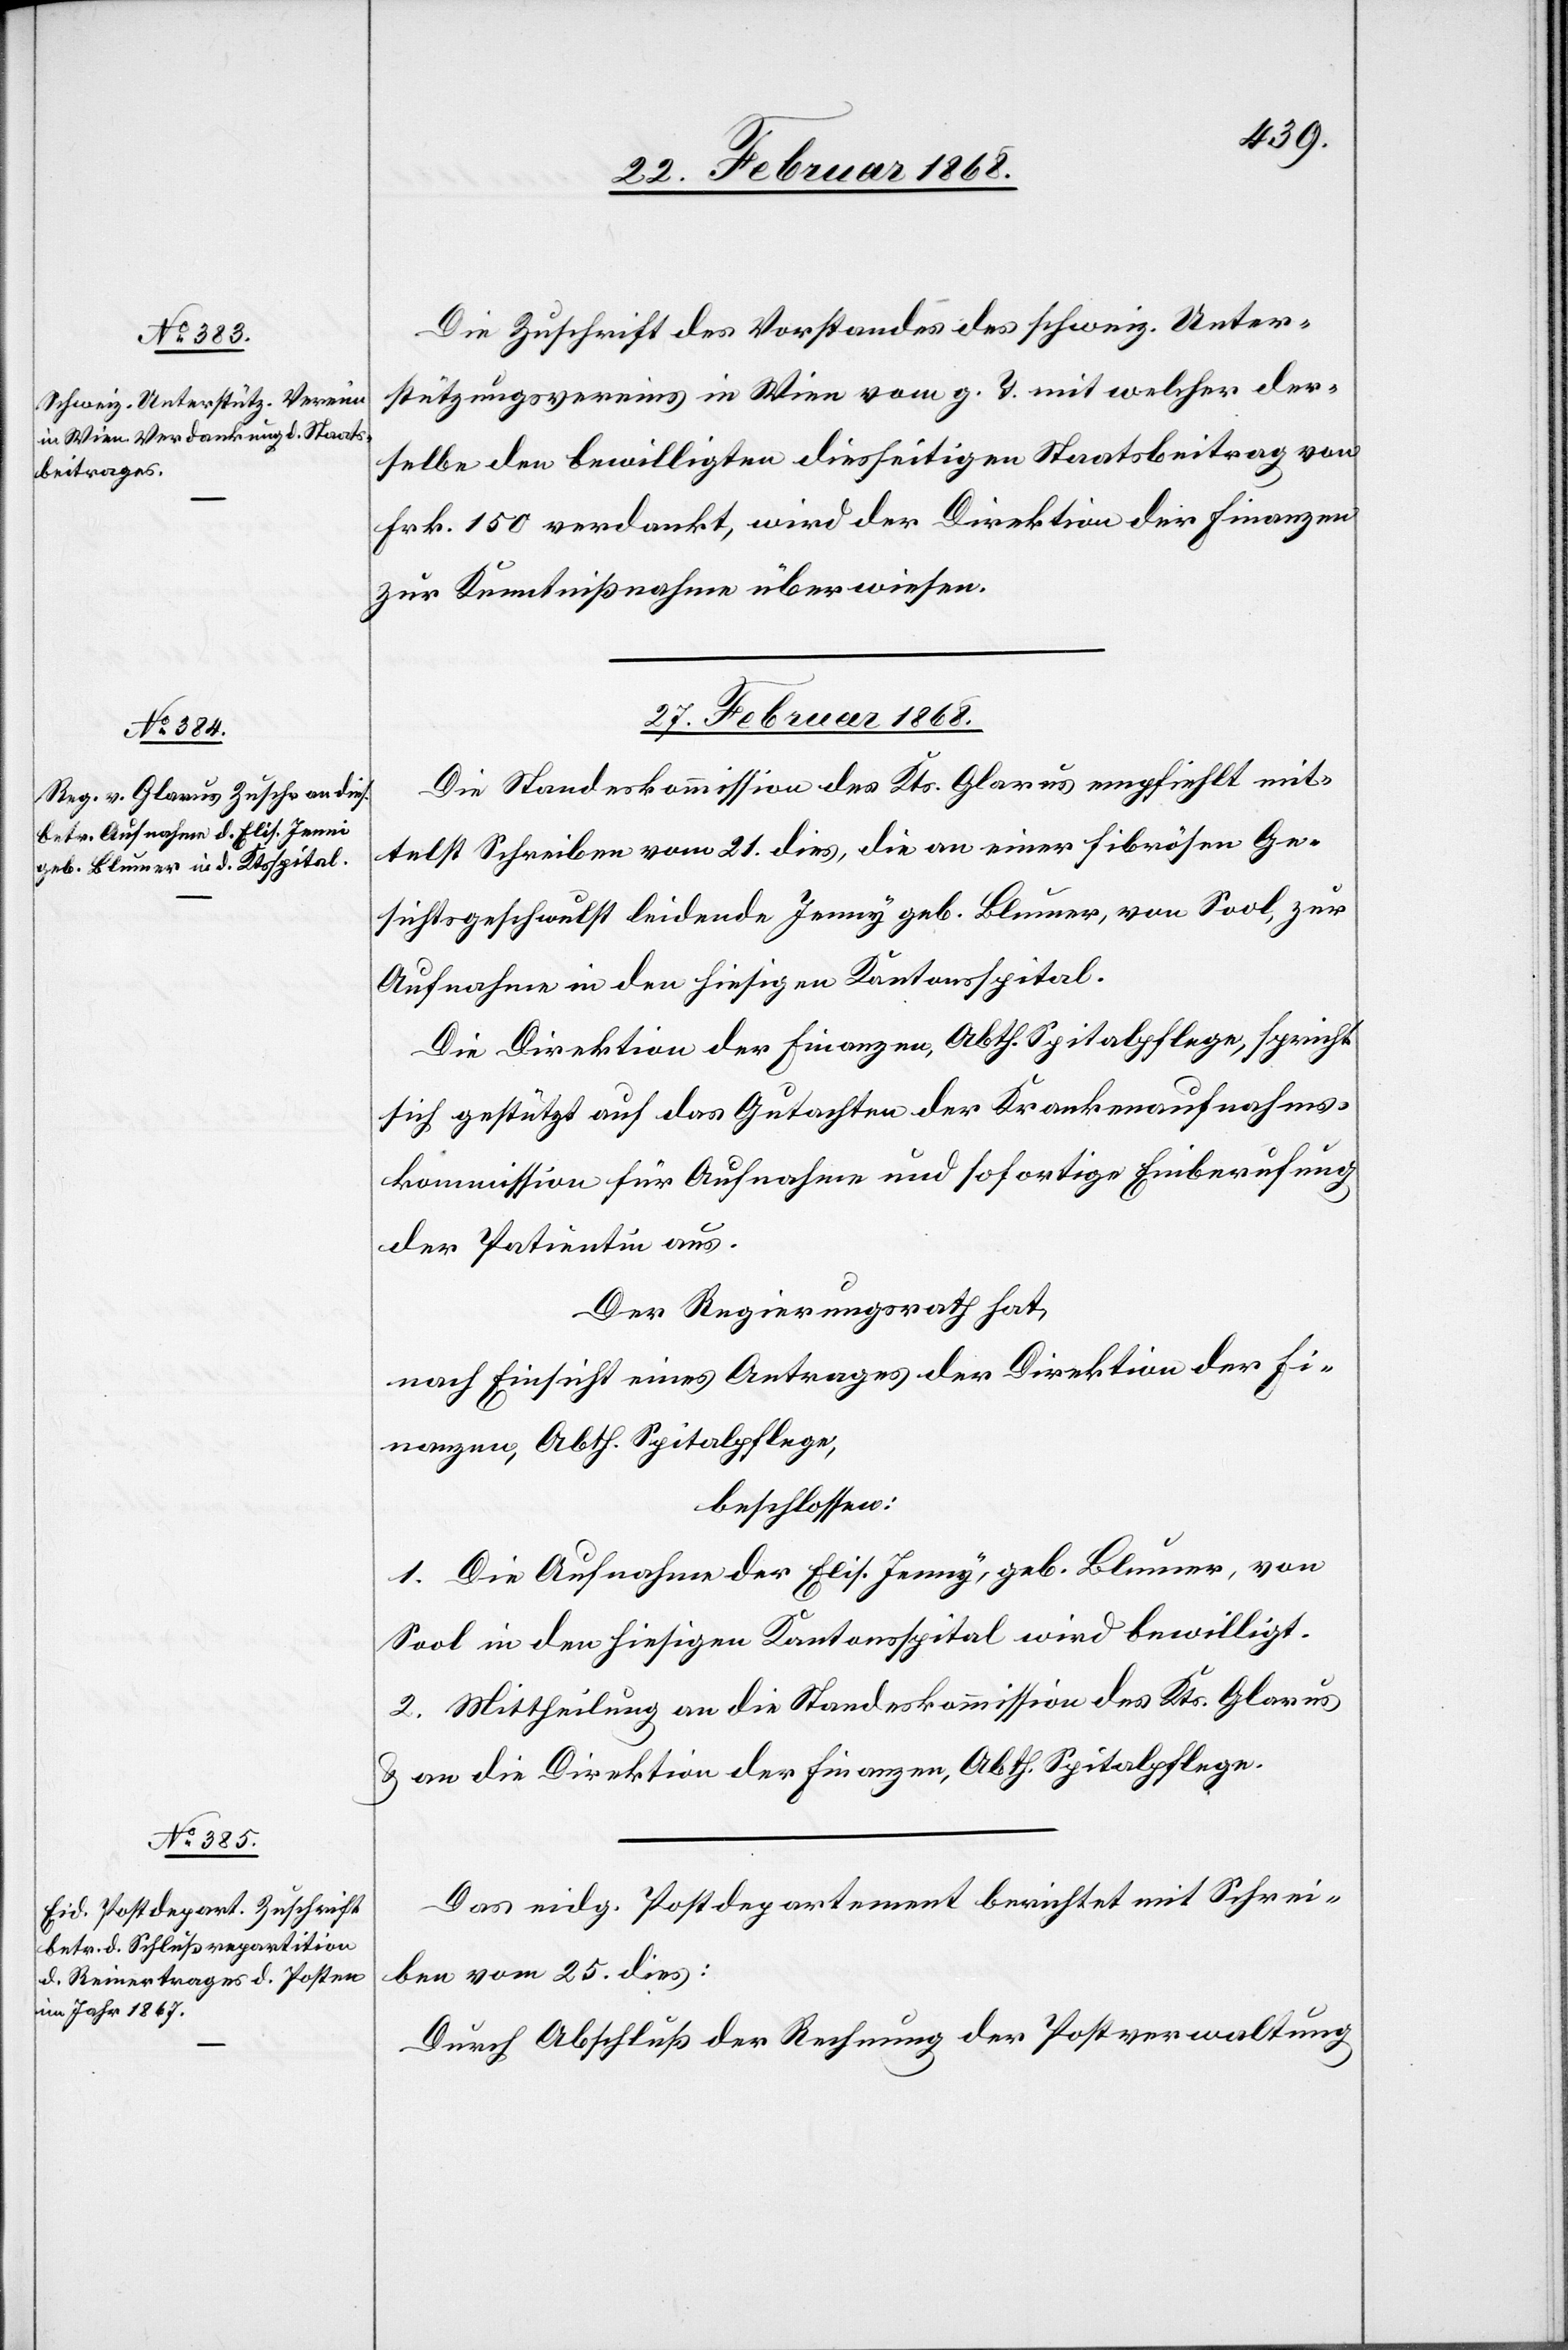
26. Februar 1868.]
Die Zuschrift des Vorstandes des schweiz. Unter¬
stützungsvereins in Wien vom g. T. mit welcher der¬
selbe den bewilligten diesseitigen Staatsbeitrag von
Frk. 150 verdankt, wird der Direktion der Finanzen
zur Kenntnißnahme überwiesen.
27. Februar 1868.]
Die Standeskommission des Kts. Glarus empfiehlt mit¬
telst Schreiben vom 21. dies, die an einer fibrösen Ge¬
sichtsgeschwulst leidende Jenny geb. Blumer, von Sool, zur
Aufnahme in den hiesigen Kantonsspital.
Die Direktion der Finanzen, Abth. Spitalpflege, spricht
sich gestützt auf das Gutachten der Krankenaufnahms¬
kommission für Aufnahme und sofortige Einberufung
der Patientin aus.
Der Regierungsrath hat,
nach Einsicht eines Antrages der Direktion der Fi¬
nanzen, Abth. Spitalpflege,
beschlossen:
1. Die Aufnahme der Elis. Jenny, geb. Blumer, von
Sool in den hiesigen Kantonsspital wird bewilligt.
2. Mittheilung an die Standeskommission des Kts. Glarus
& an die Direktion der Finanzen, Abth. Spitalpflege.
Das eidg. Postdepartement berichtet mit Schrei¬
ben vom 25. dies:
Durch Abschluß der Rechnung der Postverwaltung